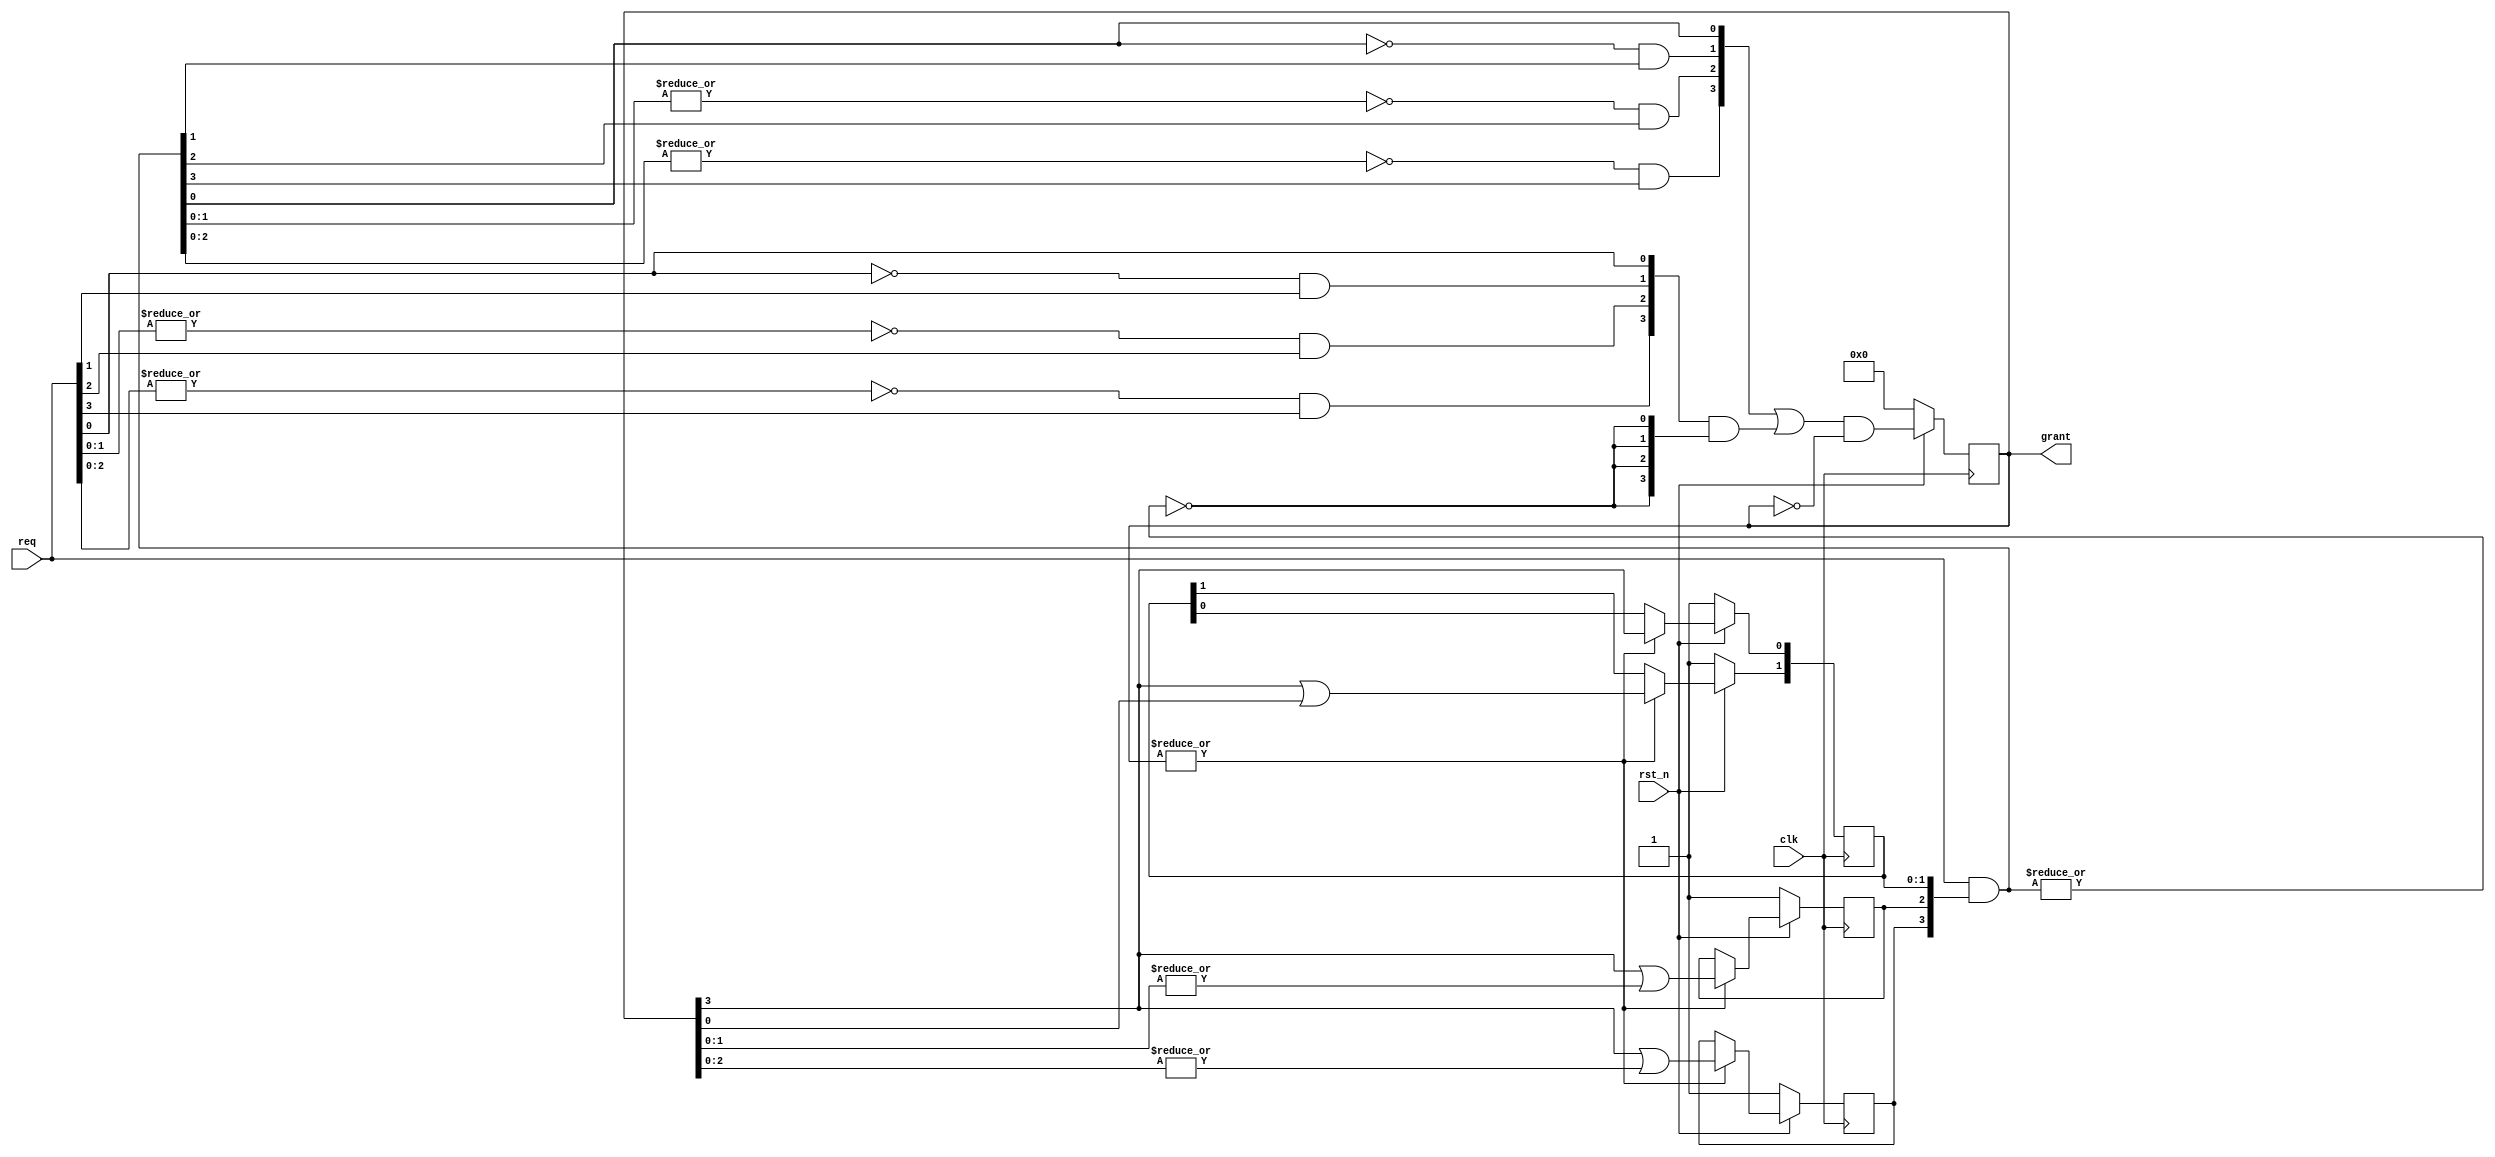
`timescale 1ns / 1ps
//Using Two Simple Priority Arbiters with a Mask - scalable
//https://github.com/freecores/round_robin_arbiter
//public domain
// altered for synchronous reset
module round_robin_arbiter (
	rst_n,
	clk,
	req,
	grant
);

parameter N = 4;

input		rst_n;
input		clk;
input	[N-1:0]	req;
output	[N-1:0]	grant;

reg	[N-1:0]	rotate_ptr = {N{1'b1}};
wire	[N-1:0]	mask_req;
wire	[N-1:0]	mask_grant;
wire	[N-1:0]	grant_comb;
reg	[N-1:0]	grant_reg = {N{1'b0}};
wire		no_mask_req;
wire	[N-1:0] nomask_grant;
wire		update_ptr;
genvar i;

// rotate pointer update logic
assign update_ptr = |grant[N-1:0];
always @ (posedge clk)
begin
	if (!rst_n)
// This won't work, it multiply-drives bits from 2 to N-1
//		rotate_ptr[N-1:0] <= {N{1'b1}};
	   rotate_ptr[1:0] <= 2'b11;
	else if (update_ptr)
	begin
		// note: N must be at least 2
		rotate_ptr[0] <= grant[N-1];
		rotate_ptr[1] <= grant[N-1] | grant[0];
	end
end

generate
for (i=2;i<N;i=i+1)
always @ (posedge clk) 
begin : ROTATE_LOOP
	if (!rst_n)
		rotate_ptr[i] <= 1'b1;
	else if (update_ptr)
		rotate_ptr[i] <= grant[N-1] | (|grant[i-1:0]);
end
endgenerate

// mask grant generation logic
assign mask_req[N-1:0] = req[N-1:0] & rotate_ptr[N-1:0];

assign mask_grant[0] = mask_req[0];
generate
for (i=1;i<N;i=i+1) begin : MASK_LOOP
	assign mask_grant[i] = (~|mask_req[i-1:0]) & mask_req[i];
end
endgenerate

// non-mask grant generation logic
assign nomask_grant[0] = req[0];
generate
for (i=1;i<N;i=i+1) begin : NOMASK_LOOP
	assign nomask_grant[i] = (~|req[i-1:0]) & req[i];
end
endgenerate

// grant generation logic
assign no_mask_req = ~|mask_req[N-1:0];
assign grant_comb[N-1:0] = mask_grant[N-1:0] | (nomask_grant[N-1:0] & {N{no_mask_req}});

always @ (posedge clk)
begin
	if (!rst_n)	grant_reg[N-1:0] <= {N{1'b0}};
	else		grant_reg[N-1:0] <= grant_comb[N-1:0] & ~grant_reg[N-1:0];
end

assign grant = grant_reg;
endmodule